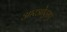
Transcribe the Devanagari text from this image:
आरओएसए